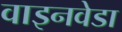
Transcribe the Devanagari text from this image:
वाइनवेडा